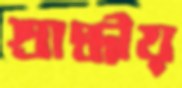
শ্রাদ্ধীয়